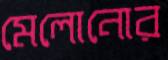
মেলোনোর